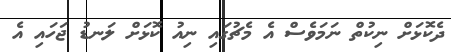
ދެކޮޅަށް ނިކުތް ނަމަވެސް އެ މެޗުގައި ނިއު ކޮޅަށް ލަނޑު ޖަހައި އެ